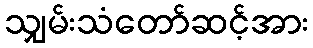
သျှမ်းသံတော်ဆင့်အား